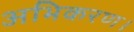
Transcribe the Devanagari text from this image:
अभिकरण।